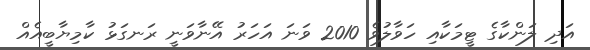
އަދި ލަންކާގެ ޓީމަކާއި ހަވާލުވެ 2010 ވަނަ އަަހަރު އޭނާވަނީ ރަނގަޅު ކާމިޔާބީއެއް